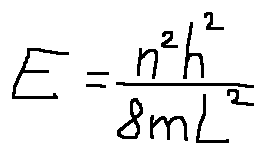
E = \frac { n ^ { 2 } h ^ { 2 } } { 8 m L ^ { 2 } }